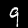
Label: 9